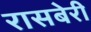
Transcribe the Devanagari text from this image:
रासबेरी